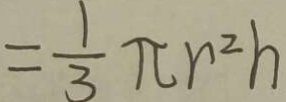
= \frac { 1 } { 3 } \pi r ^ { 2 } h